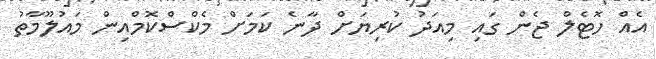
އެއް ހޮޓެލް ޖެން ގައި މިއަދު ކުރިޔަށް ދާނެ ކަމަށް މެކްސްކޮމްއިން މައުލޫމާތު